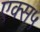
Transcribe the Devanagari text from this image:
एक्स५